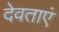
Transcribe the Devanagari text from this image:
देवताएं